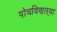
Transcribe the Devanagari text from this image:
पोचविणाऱ्या